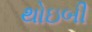
થોઇબી